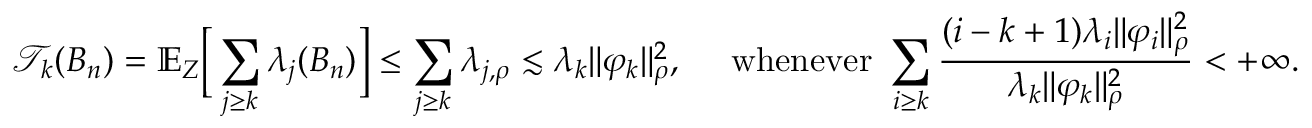
\mathcal T _ { k } ( B _ { n } ) = \mathbb E _ { Z } \Big [ \sum _ { j \geq k } \lambda _ { j } ( B _ { n } ) \Big ] \leq \sum _ { j \geq k } \lambda _ { j , \rho } \lesssim \lambda _ { k } \| \varphi _ { k } \| _ { \rho } ^ { 2 } , \quad \mathrm { ~ w h e n e v e r ~ } \sum _ { i \geq k } \frac { ( i - k + 1 ) \lambda _ { i } \| \varphi _ { i } \| _ { \rho } ^ { 2 } } { \lambda _ { k } \| \varphi _ { k } \| _ { \rho } ^ { 2 } } < + \infty .